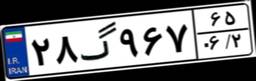
۲۸گ۹۶۷۶۵